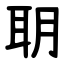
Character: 䎳